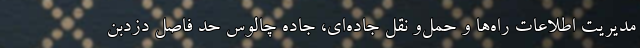
مدیریت اطلاعات راه‌ها و حمل‌و نقل جاده‌ای، جاده چالوس حد فاصل دزدبن